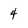
Character: 4